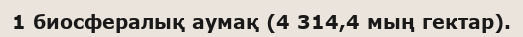
1 биосфералық аумақ (4 314,4 мың гектар).